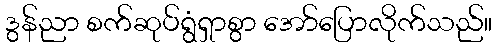
ဒွန်ညာ စက်ဆုပ်ရွံရှာစွာ အော်ပြောလိုက်သည်။